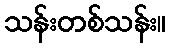
သန်းတစ်သန်း။